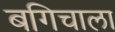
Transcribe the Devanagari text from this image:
बगिचाला